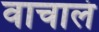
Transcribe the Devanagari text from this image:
वाचालं